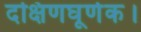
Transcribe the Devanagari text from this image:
दक्षिणघूर्णक।